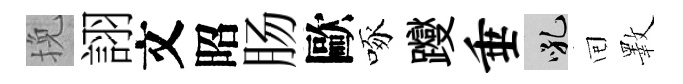
挽詡文昭肠歐啄躞垂吼囘斁